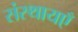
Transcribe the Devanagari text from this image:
संस्थायएँ